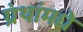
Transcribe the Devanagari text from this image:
ग्रंथांमधे